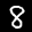
Label: 8